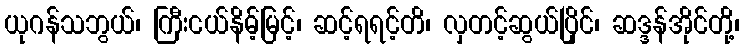
ယုဂန်သဘွယ်၊ ကြီးငယ်နိမ့်မြင့်၊ ဆင့်ရရင့်တိ၊ လှတင့်ဆွယ်ပြိုင်၊ ဆဒ္ဒန်အိုင်တို့၊